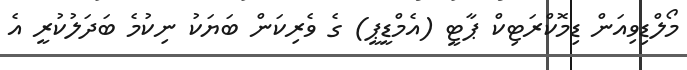
މޯލްޑިވިއަން ޑިމޮކްރަޓިކް ޕާޓީ (އެމްޑީޕީ) ގެ ވެރިކަން ބަޔަކު ނިކުމެ ބަދަލުކުރީ އެ